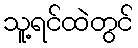
သူ့ရင်ထဲတွင်